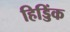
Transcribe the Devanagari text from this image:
हिड्डिंक